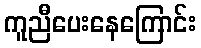
ကူညီပေးနေကြောင်း